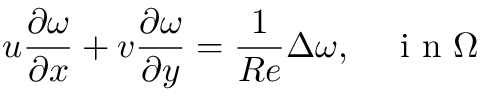
u \frac { \partial \omega } { \partial x } + v \frac { \partial \omega } { \partial y } = \frac { 1 } { R e } \Delta \omega , \quad \mathrm { ~ i ~ n ~ } \Omega